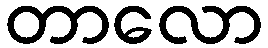
တာလော